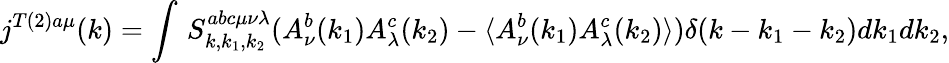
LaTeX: j^{T(2)a\mu}(k)=\int\, S_{k,k_{1},k_{2}}^{abc\mu\nu\lambda}(A_{\nu}^{b}(k_{1})A_{\lambda}^{c}(k_{2})-\langle A_{\nu}^{b}(k_{1})A_{\lambda}^{c}(k_{2})\rangle)\delta(k-k_{1}-k_{2})dk_{1}dk_{2},